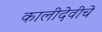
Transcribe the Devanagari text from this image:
कालीदेवीचे